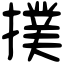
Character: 撲